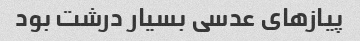
پیازهای عدسی بسیار درشت بود